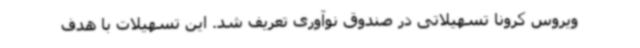
ویروس کرونا تسهیلاتی در صندوق نوآوری تعریف شد. این تسهیلات با هدف